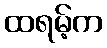
ထရမ့်က